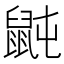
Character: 𪕅